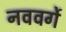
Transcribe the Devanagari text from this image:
नववर्गे